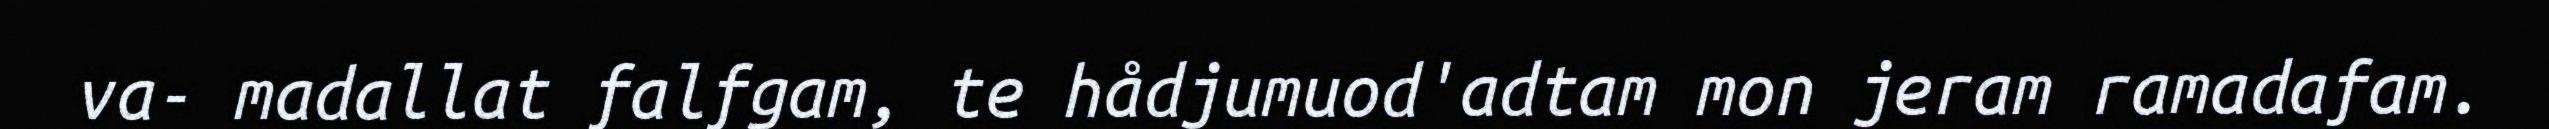
va- madallat falfgam, te hådjumuod'adtam mon jeram ramadafam.